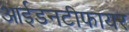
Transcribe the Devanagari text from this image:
आईडनटीफायर